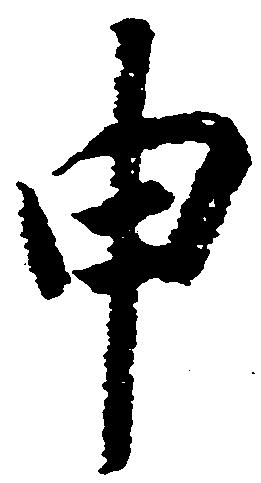
申